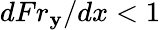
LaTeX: {dFr_{\mathbf{y}}}/{dx}<1